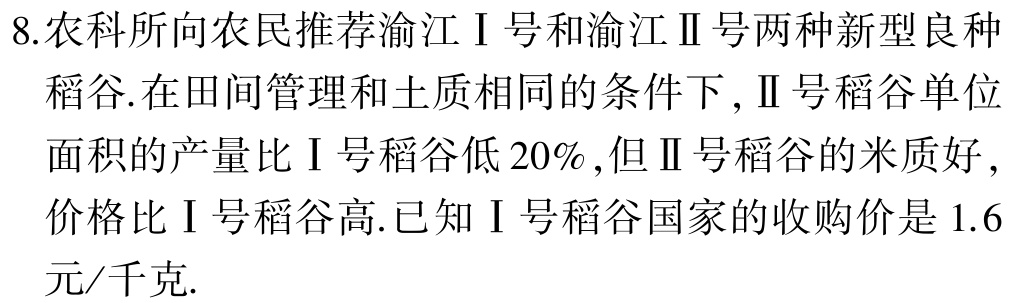
8.农科所向农民推荐渝江Ⅰ号和渝江Ⅱ号两种新型良种

  稻谷.在田间管理和土质相同的条件下 ,Ⅱ号稻谷单位

  面积的产量比Ⅰ号稻谷低$20\%$,但Ⅱ号稻谷的米质好 ,

  价格比Ⅰ号稻谷高.已知Ⅰ号稻谷国家的收购价是$1.6$

  元/千克.